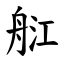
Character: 䑭